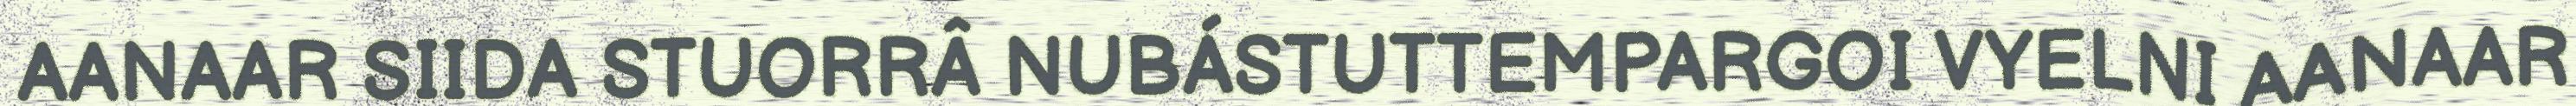
AANAAR SIIDA STUORRÂ NUBÁSTUTTEMPARGOI VYELNI AANAAR